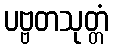
ပဗ္ဗတသုတ္တံ